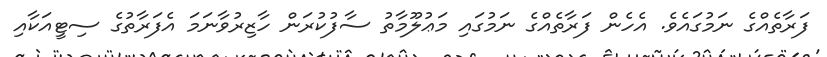
ފަރާތެއްގެ ނަމުގައެވެ. އެހެން ފަރާތެއްގެ ނަމުގައި މަޢުލޫމާތު ސާފުކުރަން ހާޒިރުވާނަމަ އެފަރާތުގެ ސިޓީއަކާއި